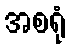
အစရုံ